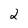
Character: 2